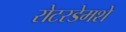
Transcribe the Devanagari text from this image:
रोटरडेमशे